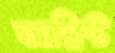
আশ্লিষ্ট